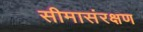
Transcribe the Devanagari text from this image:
सीमासंरक्षण